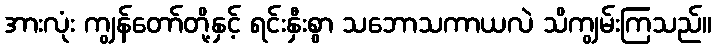
အားလုံး ကျွန်တော်တို့နှင့် ရင်းနှီးစွာ သဘောသကာယလဲ သိကျွမ်းကြသည်။